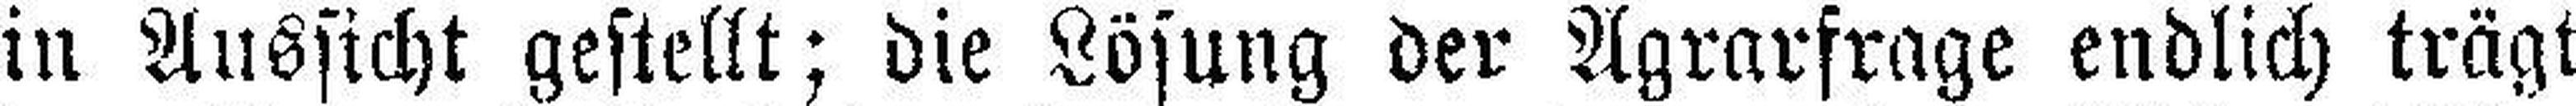
in Aussicht gestellt; die Lösung der Agrarfrage endlich trägt